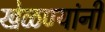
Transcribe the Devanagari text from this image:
खेळण्यांनी